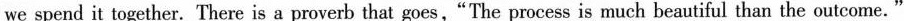
we spend it together. There is a proverb that goes,"The process is much beautiful than the outcome. "